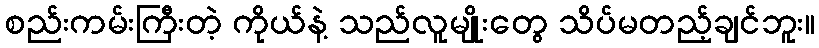
စည်းကမ်းကြီးတဲ့ ကိုယ်နဲ့ သည်လူမျိုးတွေ သိပ်မတည့်ချင်ဘူး။